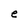
Character: e